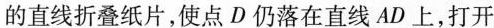
的直线折叠纸片，使点D仍落在直线AD上，打开